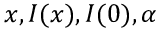
x , I ( x ) , I ( 0 ) , \alpha